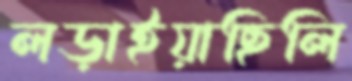
লড়াইয়াছিলি